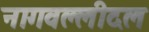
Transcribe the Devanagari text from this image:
नागवल्लीदल